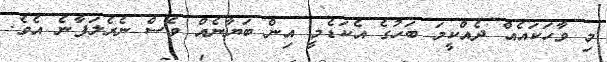
މި ވާހަކައެއް ދެއްކީމަ ބަހުގެ އެކަޑެމީ އިން ބަޔާނެއް ވެސް ނެރެލަފާނެ އެވެ.